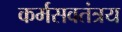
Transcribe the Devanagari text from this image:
कर्मसवतंत्रय